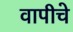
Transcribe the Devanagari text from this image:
वापीचे